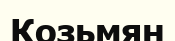
Козьмян